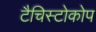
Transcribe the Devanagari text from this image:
टैचिस्टोकोप